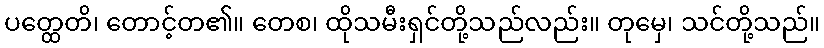
ပတ္ထေတိ၊ တောင့်တ၏။ တေစ၊ ထိုသမီးရှင်တို့သည်လည်း။ တုမှေ၊ သင်တို့သည်။